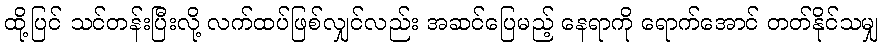
ထို့ပြင် သင်တန်းပြီးလို့ လက်ထပ်ဖြစ်လျှင်လည်း အဆင်ပြေမည့် နေရာကို ရောက်အောင် တတ်နိုင်သမျှ